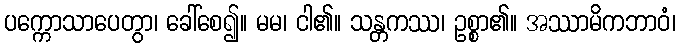
ပက္ကောသာပေတွာ၊ ခေါ်စေ၍။ မမ၊ ငါ၏။ သန္တကဿ၊ ဥစ္စာ၏။ အဿာမိကဘာဝံ၊